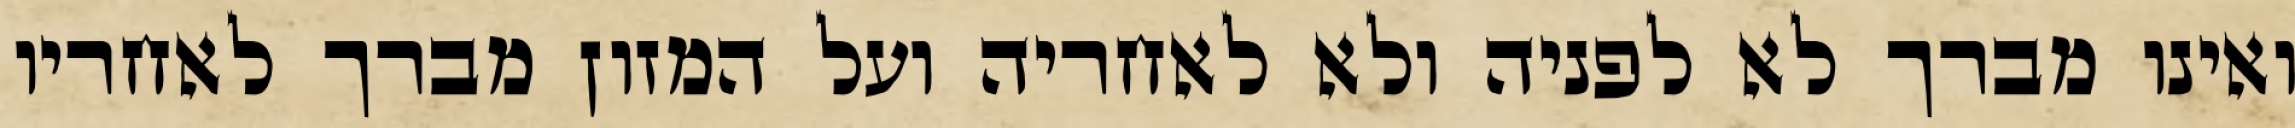
ואינו מברך לא לפניה ולא לאחריה ועל המזון מברך לאחריו